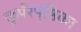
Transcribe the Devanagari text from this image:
कूर्परपृष्ठिका